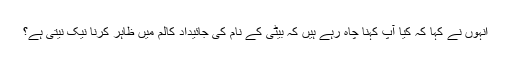
انہوں نے کہا کہ کیا آپ کہنا چاہ رہے ہیں کہ بیٹی کے نام کی جائیداد کالم میں ظاہر کرنا نیک نیتی ہے؟